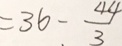
= 3 6 - \frac { 4 4 } { 3 }